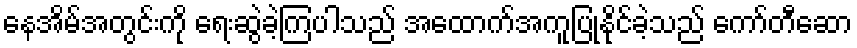
နေအိမ်အတွင်းကို ရေးဆွဲခဲ့ကြပါသည် အထောက်အကူပြုနိုင်ခဲ့သည် ကော်တီဆော